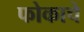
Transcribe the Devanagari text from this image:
फोकाचे